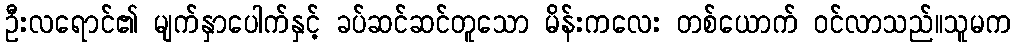
ဦးလရောင်၏ မျက်နှာပေါက်နှင့် ခပ်ဆင်ဆင်တူသော မိန်းကလေး တစ်ယောက် ဝင်လာသည်။သူမက